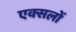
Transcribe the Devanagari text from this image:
एक्सलों